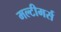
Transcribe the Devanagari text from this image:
मल्टीमर्स